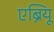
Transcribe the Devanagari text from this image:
एब्रियू